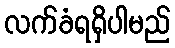
လက်ခံရရှိပါမည်